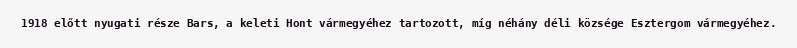
1918 előtt nyugati része Bars, a keleti Hont vármegyéhez tartozott, míg néhány déli községe Esztergom vármegyéhez.